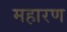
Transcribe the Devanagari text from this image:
महारण